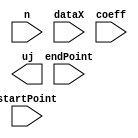
module calculateUj(
    input n,
    input [23:0] dataX,
    input [8:0] coeff,
    input startPoint,
    input endPoint,
    output uj
    );


endmodule